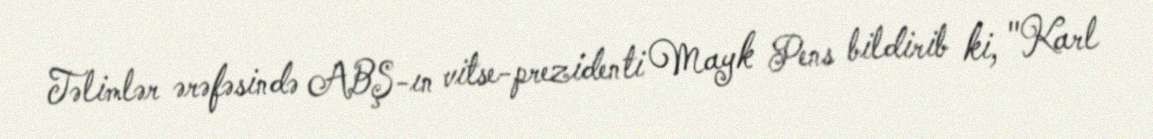
Təlimlər ərəfəsində ABŞ-ın vitse-prezidenti Mayk Pens bildirib ki, "Karl